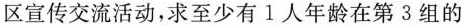
区宣传交流活动，求至少有1人年龄在第3组